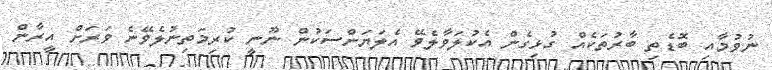
ނުވުމާއި ބޮޑެތި ބާރުތަކެއް ގުޅިގެން އެކުލަވާލެވޭ އެލަޔަންސަކުން ނޫނީ ކުރިމަތިނުލެވޭނެ ވަރަށް އީރާން